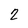
Character: 2